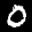
Label: 0